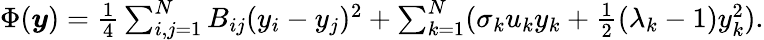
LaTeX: \begin{array}{r}{\Phi({\boldsymbol y})=\frac{1}{4}\sum_{i,j=1}^{N}B_{ij}(y_{i}-y_{j})^{2}+\sum_{k=1}^{N}(\sigma_{k}u_{k}y_{k}+\frac{1}{2}(\lambda_{k}-1)y_{k}^{2}).}\end{array}